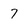
Character: 7